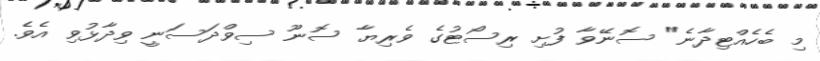
މި ބެހެއްޓިދާނެ" ސޮނޭވާ ފުށި ރިސޯޓުގެ ވެރިޔާ ސޮނޫ ސިވްދަސަނީ ވިދާޅުވި އެވެ.